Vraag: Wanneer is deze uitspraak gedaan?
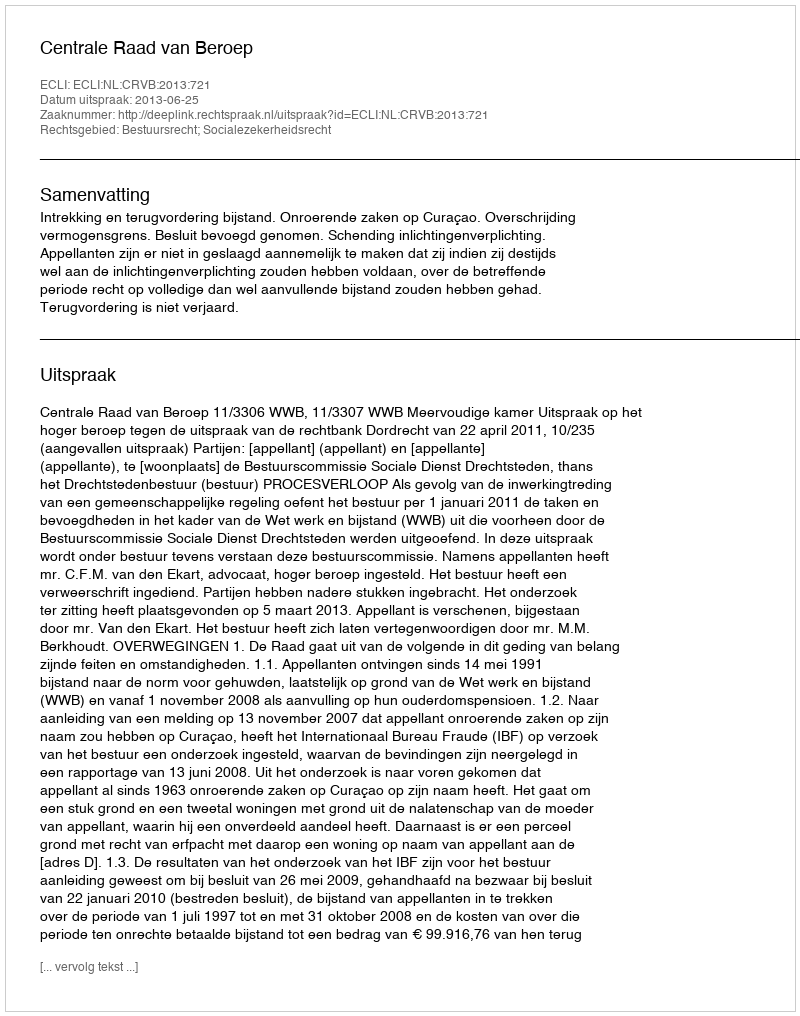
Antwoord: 2013-06-25